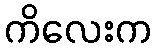
ကိလေးက